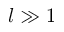
l \gg 1